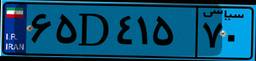
۶۵D۴۱۵۷۰